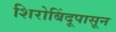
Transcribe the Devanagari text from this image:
शिरोबिंदूपासून